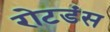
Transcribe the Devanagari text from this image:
रोटडंस